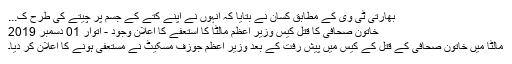
بھارتی ٹی وی کے مطابق کسان نے بتایا کہ انہوں نے اپنے کتے کے جسم پر چیتے کی طرح ک...
خاتون صحافی کا قتل کیس وزیرِ اعظم مالٹا کا استعفے کا اعلان وجود - اتوار 01 دسمبر 2019
مالٹا میں خاتون صحافی کے قتل کے کیس میں پیش رفت کے بعد وزیرِ اعظم جوزف مسکیٹ نے مستعفی ہونے کا اعلان کر دیا۔